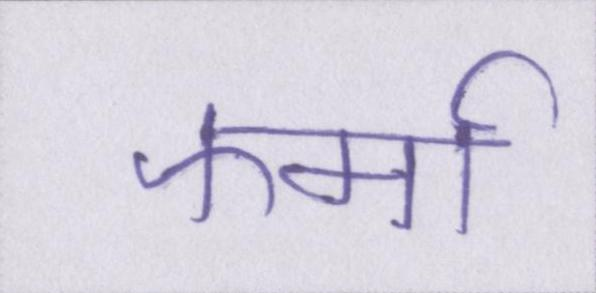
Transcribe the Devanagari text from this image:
फर्मा